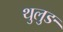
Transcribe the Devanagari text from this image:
थुलुङ